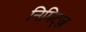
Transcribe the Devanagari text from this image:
निमिट्ज़